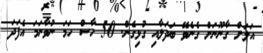
އަލަށް ގާނޫނަށް ގެނެވޭ ބަދަލާއި ގުޅިގެން. 50 ހާސް ހަމަ ނުވާނަމަ އެފަދަ